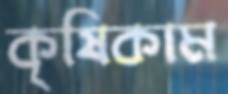
কৃষিকাম